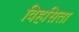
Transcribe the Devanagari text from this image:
विहसिता